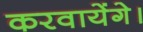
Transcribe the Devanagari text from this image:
करवायेंगे।